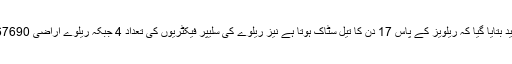
کمیٹی کو مزید بتایا گیا کہ ریلویز کے پاس 17 دن کا تیل سٹاک ہوتا ہے نیز ریلوے کی سلیپر فیکٹریوں کی تعداد 4 جبکہ ریلوے اراضی 167690 ایکڑ ہے۔